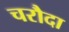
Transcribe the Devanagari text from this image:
चरौदा